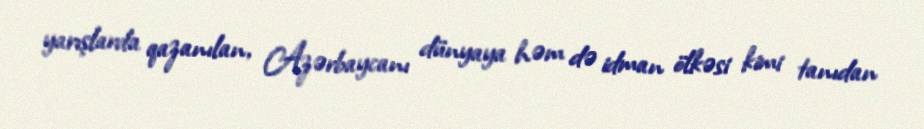
yarışlarda qazanılan, Azərbaycanı dünyaya həm də idman ölkəsi kimi tanıdan